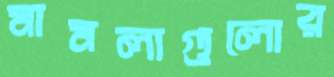
মামলাগুলোর